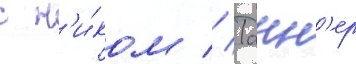
с н'и́ком // Танн'ер